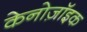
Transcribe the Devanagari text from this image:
केनोज़ॉइक